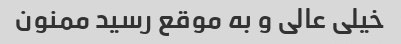
خیلی عالی و به موقع رسید ممنون